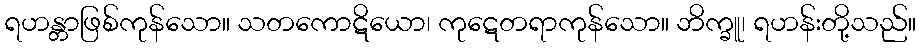
ရဟန္တာဖြစ်ကုန်သော။ သတကောဋိယော၊ ကုဋေတရာကုန်သော။ ဘိက္ခူ၊ ရဟန်းတို့သည်။